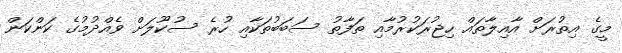
މީގެ އިތުރަށް އާއިލާތައް ހިޖުރަކުރުމާއި ތަފާތު ސަބަބުތަކާއި ހުރެ ސުކޫލަށް ވެއްދުމުގެ ކަންކަން